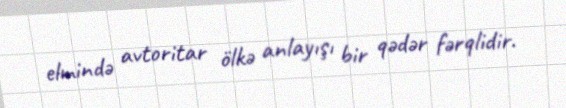
elmində avtoritar ölkə anlayışı bir qədər fərqlidir.